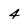
Character: 4